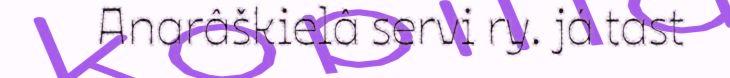
Anarâškielâ servi ry. já tast